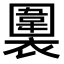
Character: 𧝖